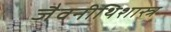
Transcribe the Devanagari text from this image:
जैवनीथिशास्त्र